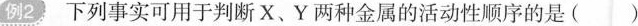
例2 下列事实可用于判断X、Y两种金属的活动性顺序的是( )